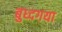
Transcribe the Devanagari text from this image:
बुध्दगया